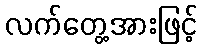
လက်တွေ့အားဖြင့်